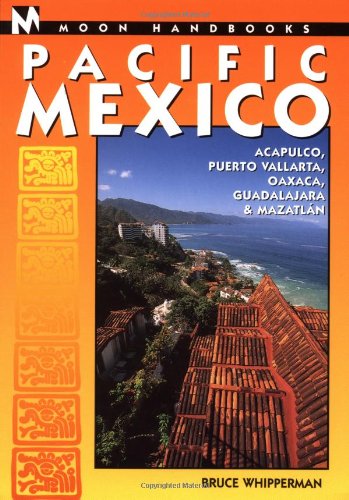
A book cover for Moon Handbooks Pacific Mexico: Acapulco, Puerto Vallarta, Oaxaca, Guadalajara, and Mazatlan (Moon Pacific Mexico); Bruce Whipperman; Travel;